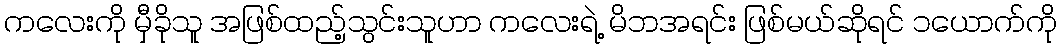
ကလေးကို မှီခိုသူ အဖြစ်ထည့်သွင်းသူဟာ ကလေးရဲ့ မိဘအရင်း ဖြစ်မယ်ဆိုရင် ၁ယောက်ကို